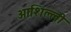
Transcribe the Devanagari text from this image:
आशिल्लो